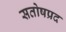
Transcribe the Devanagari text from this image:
सतोषप्रद